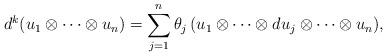
LaTeX: \begin{align*} d^k(u_1\otimes \cdots\otimes u_n)= \sum_{j=1}^n \theta_j\, (u_1\otimes\cdots\otimes d u_j\otimes\cdots\otimes u_n),\end{align*}